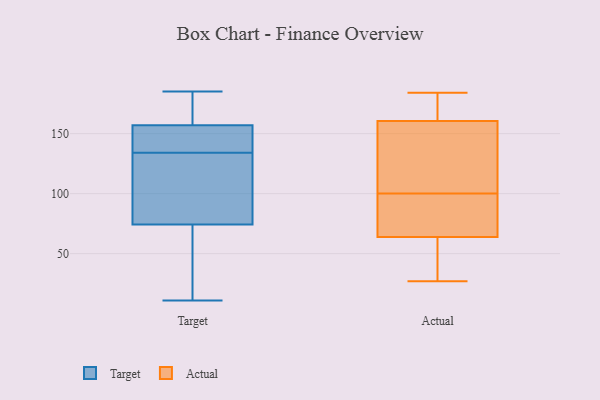
{"axis": {"x": "Conversion Rate (%)", "y": "Value"}, "legend": ["Actual", "Target"], "data": [{"x": "", "y": 65, "type": "Target"}, {"x": "", "y": 147, "type": "Target"}, {"x": "", "y": 185, "type": "Target"}, {"x": "", "y": 148, "type": "Target"}, {"x": "", "y": 84, "type": "Target"}, {"x": "", "y": 81, "type": "Target"}, {"x": "", "y": 166, "type": "Target"}, {"x": "", "y": 11, "type": "Target"}, {"x": "", "y": 72, "type": "Target"}, {"x": "", "y": 160, "type": "Target"}, {"x": "", "y": 134, "type": "Target"}, {"x": "", "y": 165, "type": "Actual"}, {"x": "", "y": 131, "type": "Actual"}, {"x": "", "y": 176, "type": "Actual"}, {"x": "", "y": 67, "type": "Actual"}, {"x": "", "y": 146, "type": "Actual"}, {"x": "", "y": 100, "type": "Actual"}, {"x": "", "y": 37, "type": "Actual"}, {"x": "", "y": 147, "type": "Actual"}, {"x": "", "y": 93, "type": "Actual"}, {"x": "", "y": 27, "type": "Actual"}, {"x": "", "y": 173, "type": "Actual"}, {"x": "", "y": 81, "type": "Actual"}, {"x": "", "y": 63, "type": "Actual"}, {"x": "", "y": 66, "type": "Actual"}, {"x": "", "y": 184, "type": "Actual"}, {"x": "", "y": 41, "type": "Actual"}, {"x": "", "y": 169, "type": "Actual"}, {"x": "", "y": 39, "type": "Actual"}, {"x": "", "y": 139, "type": "Actual"}]}